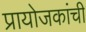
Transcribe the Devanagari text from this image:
प्रायोजकांची